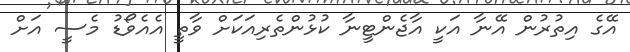
އޭގެ އިތުރުން އޭނާ އަކީ އާޖެންޓީނާ ކުޅުންތެރިއަކަށް ވާތީ އެއެވޯޑު މެސީ އަށް